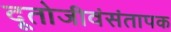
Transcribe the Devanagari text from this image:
दूतोजीवंसंतापक